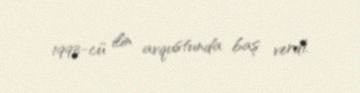
1993-cü ilin avqustunda baş verdi.